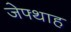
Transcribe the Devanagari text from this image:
जेफ्थाह